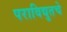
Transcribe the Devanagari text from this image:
पराविद्युतचे